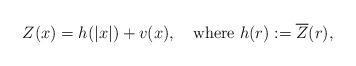
LaTeX: \begin{align*} Z(x)=h(|x|)+v(x), \quad\hbox{where} \ h(r):=\overline{Z}(r), \end{align*}